Civil Veterinary Department Bihar reports 1936-40 - 1936-1940
Year: 1936
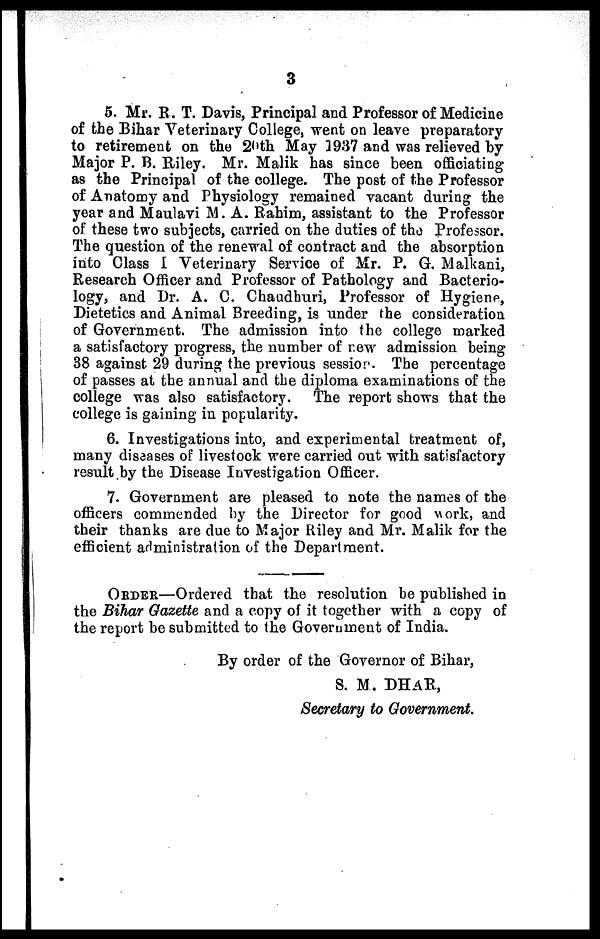
3
5. Mr. R. T. Davis, Principal and Professor of Medicine
of the Bihar Veterinary College, went on leave preparatory
to retirement on the 20th May 1937 and was relieved by
Major P. B. Riley. Mr. Malik has since been officiating
as the Principal of the college. The post of the Professor
of Anatomy and Physiology remained vacant during the
year and Maulavi M. A. Rahim, assistant to the Professor
of these two subjects, carried on the duties of the Professor.
The question of the renewal of contract and the absorption
into Class I Veterinary Service of Mr. P. G. Malkani,
Research Officer and Professor of Pathology and Bacterio-
logy, and Dr. A. C. Chaudhuri, Professor of Hygiene,
Dietetics and Animal Breeding, is under the consideration
of Government. The admission into the college marked
a satisfactory progress, the number of new admission being
38 against 29 during the previous session. The percentage
of passes at the annual and the diploma examinations of the
college was also satisfactory.
The report shows that the
college is gaining in popularity.
6. Investigations into, and experimental treatment of,
many diseases of livestock were carried out with satisfactory
result by the Disease Investigation Officer.
7. Government are pleased to note the names of the
officers commended by the Director for good work, and
their thanks are due to Major Riley and Mr. Malik for the
efficient administration of the Department.
ORDER—Ordered that the resolution be published in
the Bihar Gazette and a copy of it together with a copy of
the report be submitted to the Government of India.
By order of the Governor of Bihar,
S. M. DHAR,
Secretary to Government.